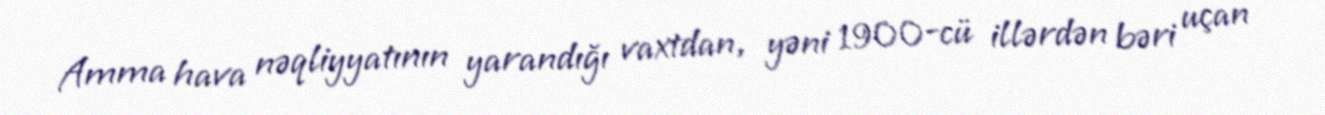
Amma hava nəqliyyatının yarandığı vaxtdan, yəni 1900-cü illərdən bəri uçan